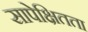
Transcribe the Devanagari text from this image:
सापेक्षितता